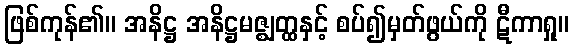
ဖြစ်ကုန်၏။ အနိဋ္ဌ အနိဋ္ဌမဇ္ဈတ္ထနှင့် စပ်၍မှတ်ဖွယ်ကို ဋီကာရှု။